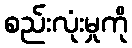
စည်းလုံးမှုကို